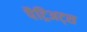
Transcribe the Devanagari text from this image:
पैट्रिअट्स